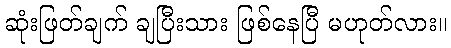
ဆုံးဖြတ်ချက် ချပြီးသား ဖြစ်နေပြီ မဟုတ်လား။